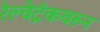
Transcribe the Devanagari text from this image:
रेल्वेट्रॅकवरुन